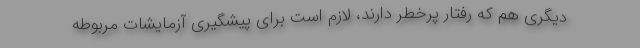
دیگری هم که رفتار پرخطر دارند، لازم است برای پیشگیری آزمایشات مربوطه